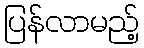
ပြန်လာမည့်